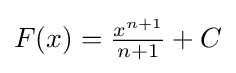
F(x)={\tfrac {x^{n+1}}{n+1}}+C